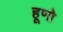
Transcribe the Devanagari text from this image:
हूणो